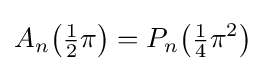
A_{n}{\bigl (}{\tfrac {1}{2}}\pi {\bigr )}=P_{n}{\bigl (}{\tfrac {1}{4}}\pi ^{2}{\bigr )}